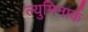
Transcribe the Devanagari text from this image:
ल्युमिनार्क